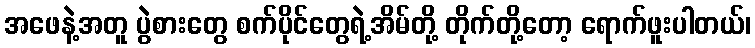
အဖေနဲ့အတူ ပွဲစားတွေ စက်ပိုင်တွေရဲ့အိမ်တို့ တိုက်တို့တော့ ရောက်ဖူးပါတယ်၊